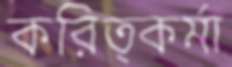
করিত্কর্মা